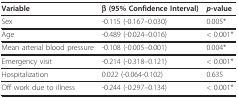
<table><thead><tr><td><b>Variable</b></td><td><b>β (95% Confidence Interval)</b></td><td><b><i>p</i>-value</b></td></tr></thead><tbody><tr><td>Sex</td><td>-0.115 (-0.167--0.030)</td><td>0.005*</td></tr><tr><td>Age</td><td>-0.489 (-0.024--0.016)</td><td>&lt; 0.001*</td></tr><tr><td>Mean arterial blood pressure</td><td>-0.108 (-0.005--0.001)</td><td>0.004*</td></tr><tr><td>Emergency visit</td><td>-0.214 (-0.318--0.121)</td><td>&lt; 0.001*</td></tr><tr><td>Hospitalization</td><td>0.022 (-0.064-0.102)</td><td>0.635</td></tr><tr><td>Off work due to illness</td><td>-0.244 (-0.297--0.134)</td><td>&lt; 0.001*</td></tr></tbody></table>